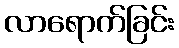
လာရောက်ခြင်း